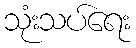
သုံးသပ်ရေး